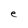
Character: e